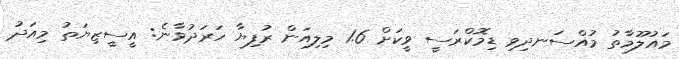
މައުލޫމާތު މުއްސަނދިވި ޑިމޮކްރަސީ ވީކަށް 1.6 މިލިއަން ރުފިޔާ ހަރަދުވާނެ: އީސީޒިޔަތު މިއަދު